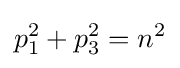
p_{1}^{2}+p_{3}^{2}=n^{2}